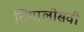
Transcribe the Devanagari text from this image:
तियालीसवी